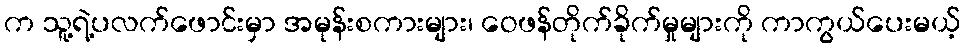
က သူ့ရဲ့ပလက်ဖောင်းမှာ အမုန်းစကားများ၊ ဝေဖန်တိုက်ခိုက်မှုများကို ကာကွယ်ပေးမယ့်